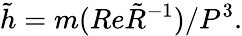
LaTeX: \tilde{h}=m(Re{\tilde{R}}^{-1})/P^{3}.